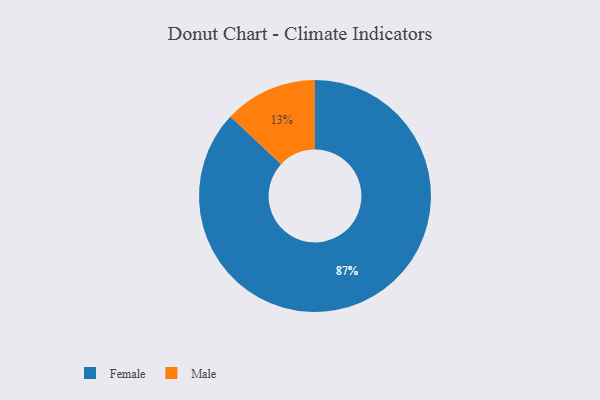
{"axis": {"x": "Category", "y": "Percentage"}, "legend": ["Female", "Male"], "data": [{"x": "Female", "y": 87, "type": "Female"}, {"x": "Male", "y": 13, "type": "Male"}]}